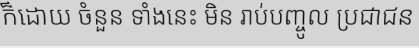
ក៏ដោយ ចំនួន ទាំងនេះ មិន រាប់បញ្ចូល ប្រជាជន